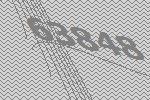
63848